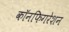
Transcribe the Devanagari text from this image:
कॉनफिगरेशन